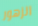
الزهور